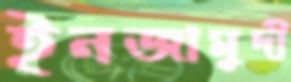
ইনজামুদী